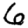
Digit: 6